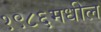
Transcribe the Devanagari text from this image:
१९८६मधील